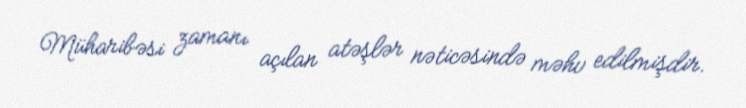
Müharibəsi zamanı açılan atəşlər nəticəsində məhv edilmişdir.